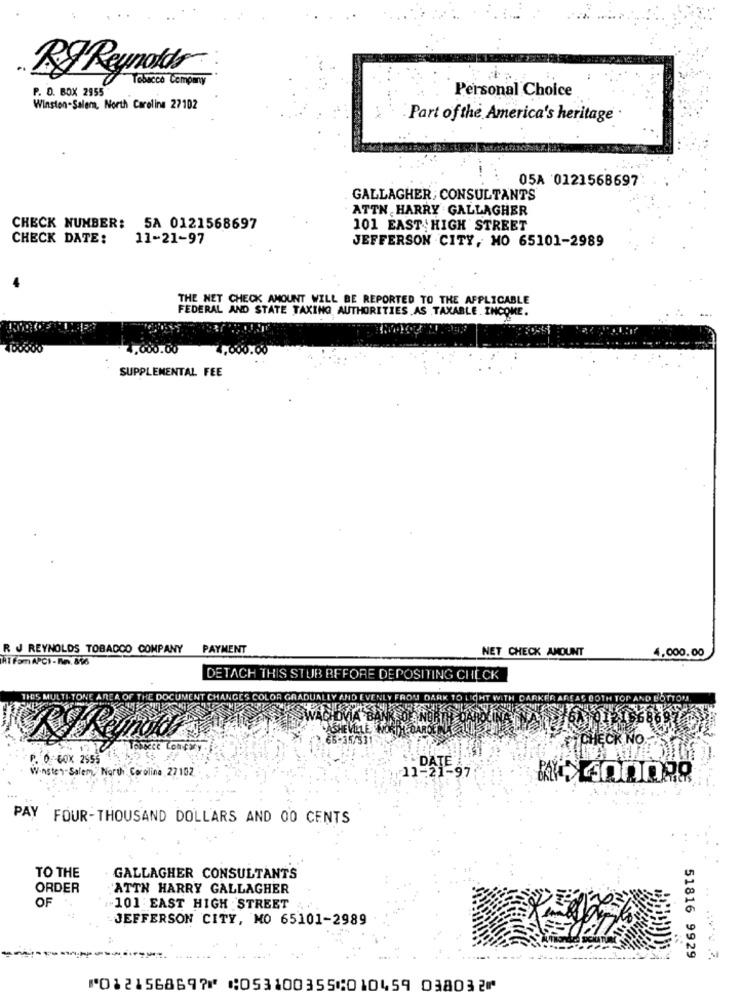
RJ Reynolds
P. O. BOX 2955
Tabacco Company
Personal Choice
Winston-Salem, North Carolina 27102
Part of the America's heritage
05A 0121568697
GALLAGHER, CONSULTANTS
ATTN HARRY GALLAGHER
CHECK NUMBER: 5A 0121568697
101 EAST HIGH STREET
CHECK DATE:
11-21-97
JEFFERSON CITY, MO 65101-2989
THE NET CHECK AMOUNT WILL BE REPORTED TO THE APPLICABLE
FEDERAL AND STATE TAXING AUTHORITIES AS TAXABLE INCOME.
400000
1,000.00
00.00
SUPPLEMENTAL FEE
R J REYNOLDS TOBACCO COMPANY PAYMENT
NET CHECK AMOUNT
AT Fom APCI - Rn. 816
4,000.00
DETACH THIS STUB BEFORE DEPOSITING CHECK
ANGES COLOR GRADUA
LLY A.N
DARKER
TTOM
WACHOVIA BANK DANE
CHECK NO.
.O COX 2555
Winston-Salem, North. Caroline, 27 102
11-21-97
PAY FOUR-THOUSAND DOLLARS AND 00 CENTS
TO THE
GALLAGHER CONSULTANTS
ORDER
ATTN HARRY GALLAGHER
OF
101 : EAST HIGH STREET .
JEFFERSON CITY, MO 65101-2989
51816 9929
⑈0121568697⑈ ⑆053100355⑆010459 038032⑈